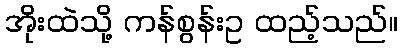
အိုးထဲသို့ ကန်စွန်းဥ ထည့်သည်။